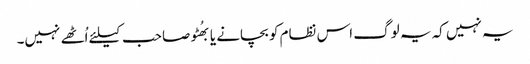
یہ نہیں کہ یہ لوگ اس نظام کو بچانے یا بھُٹو صاحب کیلئے اُٹھے نہیں۔